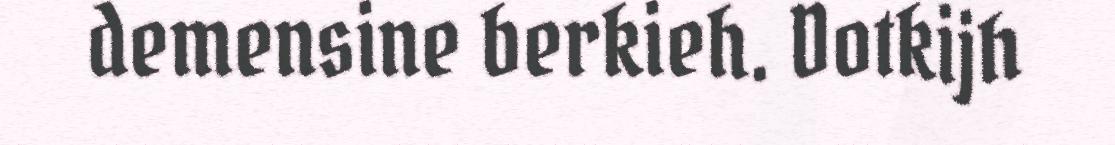
demensine berkieh. Dotkijh